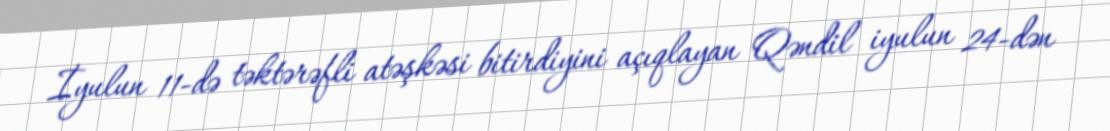
İyulun 11-də təktərəfli atəşkəsi bitirdiyini açıqlayan Qəndil iyulun 24-dən